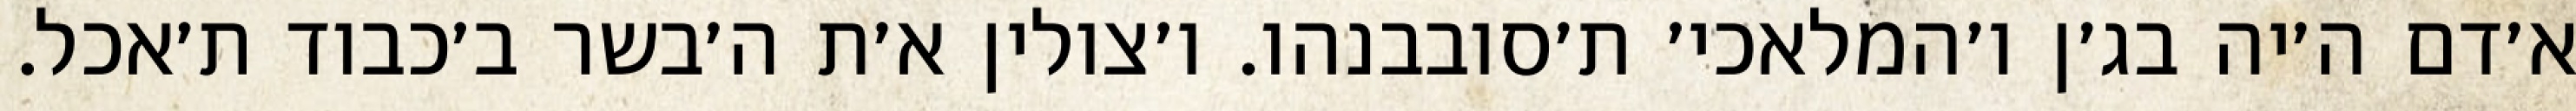
א׳דם ה׳יה בג׳ן ו׳המלאכי׳ ת׳סובבנהו. ו׳צולין א׳ת ה׳בשר ב׳כבוד ת׳אכל.